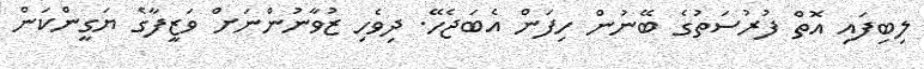
ލިބިފައި އޮތް ފުރުސަތުގެ ބޭނުން ހިފަން އެބަޖެހޭ. ދިވެހި ޒުވާނުންނަށް ވަޒީފާގެ ޔަގީންކަން